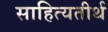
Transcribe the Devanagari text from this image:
साहित्यतीर्थ